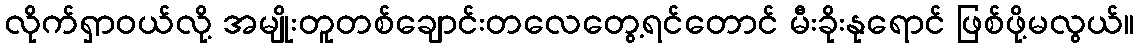
လိုက်ရှာဝယ်လို့ အမျိုးတူတစ်ချောင်းတလေတွေ့ရင်တောင် မီးခိုးနုရောင် ဖြစ်ဖို့မလွယ်။